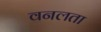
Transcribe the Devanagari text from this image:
वनलता